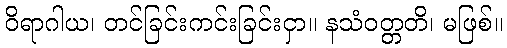
ဝိရာဂါယ၊ တင်ခြင်းကင်းခြင်းငှာ။ နသံဝတ္တတိ၊ မဖြစ်။